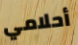
أحلامي